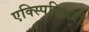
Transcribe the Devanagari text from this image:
एक्स्पिडिश्नरी